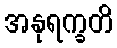
အနုရက္ခတိ